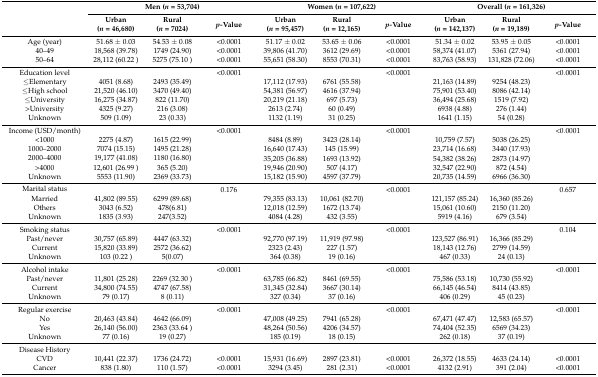
<table><thead><tr><td rowspan="2"></td><td colspan="3"><b>Men (<i>n</i> = 53,704)</b></td><td colspan="3"><b>Women (<i>n</i> = 107,622)</b></td><td colspan="3"><b>Overall (<i>n</i> = 161,326)</b></td></tr><tr><td><b>Urban (<i>n =</i> 46,680)</b></td><td><b>Rural (<i>n =</i> 7024)</b></td><td><b><i>p-</i>Value</b></td><td><b>Urban (<i>n =</i> 95,457)</b></td><td><b>Rural (<i>n =</i> 12,165)</b></td><td><b><i>p-</i>Value</b></td><td><b>Urban (<i>n =</i> 142,137)</b></td><td><b>Rural (<i>n =</i> 19,189)</b></td><td><b><i>p-</i>Value</b></td></tr></thead><tbody><tr><td>Age (year)</td><td>51.68 ± 0.03</td><td>54.53 ± 0.08</td><td>&lt;0.0001</td><td>51.17 ± 0.02</td><td>53.65 ± 0.06</td><td>&lt;0.0001</td><td>51.34 ± 0.02</td><td>53.95 ± 0.05</td><td>&lt;0.0001</td></tr><tr><td>40–49</td><td>18,568 (39.78)</td><td>1749 (24.90)</td><td>&lt;0.0001</td><td>39,806 (41.70)</td><td>3612 (29.69)</td><td>&lt;0.0001</td><td>58,374 (41.07)</td><td>5361 (27.94)</td><td>&lt;0.0001</td></tr><tr><td>50–64</td><td>28,112 (60.22 )</td><td>5275 (75.10 )</td><td>&lt;0.0001</td><td>55,651 (58.30)</td><td>8553 (70.31)</td><td>&lt;0.0001</td><td>83,763 (58.93)</td><td>131,828 (72.06)</td><td>&lt;0.0001</td></tr><tr><td>Education level</td><td></td><td></td><td>&lt;0.0001</td><td></td><td></td><td>&lt;0.0001</td><td></td><td></td><td>&lt;0.0001</td></tr><tr><td>≤Elementary</td><td>4051 (8.68)</td><td>2493 (35.49)</td><td></td><td>17,112 (17.93)</td><td>6761 (55.58)</td><td></td><td>21,163 (14.89)</td><td>9254 (48.23)</td><td></td></tr><tr><td>≤High school</td><td>21,520 (46.10)</td><td>3470 (49.40)</td><td></td><td>54,381 (56.97)</td><td>4616 (37.94)</td><td></td><td>75,901 (53.40)</td><td>8086 (42.14)</td><td></td></tr><tr><td>≤University</td><td>16,275 (34.87)</td><td>822 (11.70)</td><td></td><td>20,219 (21.18)</td><td>697 (5.73)</td><td></td><td>36,494 (25.68)</td><td>1519 (7.92)</td><td></td></tr><tr><td>&gt;University</td><td>4325 (9.27)</td><td>216 (3.08)</td><td></td><td>2613 (2.74)</td><td>60 (0.49)</td><td></td><td>6938 (4.88)</td><td>276 (1.44)</td><td></td></tr><tr><td>Unknown</td><td>509 (1.09)</td><td>23 (0.33)</td><td></td><td>1132 (1.19)</td><td>31 (0.25)</td><td></td><td>1641 (1.15)</td><td>54 (0.28)</td><td></td></tr><tr><td>Income (USD/month)</td><td></td><td></td><td>&lt;0.0001</td><td></td><td></td><td>&lt;0.0001</td><td></td><td></td><td>&lt;0.0001</td></tr><tr><td>&lt;1000</td><td>2275 (4.87)</td><td>1615 (22.99)</td><td></td><td>8484 (8.89)</td><td>3423 (28.14)</td><td></td><td>10,759 (7.57)</td><td>5038 (26.25)</td><td></td></tr><tr><td>1000–2000</td><td>7074 (15.15)</td><td>1495 (21.28)</td><td></td><td>16,640 (17.43)</td><td>145 (15.99)</td><td></td><td>23,714 (16.68)</td><td>3440 (17.93)</td><td></td></tr><tr><td>2000–4000</td><td>19,177 (41.08)</td><td>1180 (16.80)</td><td></td><td>35,205 (36.88)</td><td>1693 (13.92)</td><td></td><td>54,382 (38.26)</td><td>2873 (14.97)</td><td></td></tr><tr><td>&gt;4000</td><td>12,601 (26.99 )</td><td>365 (5.20)</td><td></td><td>19,946 (20.90)</td><td>507 (4.17)</td><td></td><td>32,547 (22.90)</td><td>872 (4.54)</td><td></td></tr><tr><td>Unknown</td><td>5553 (11.90)</td><td>2369 (33.73)</td><td></td><td>15,182 (15.90)</td><td>4597 (37.79)</td><td></td><td>20,735 (14.59)</td><td>6966 (36.30)</td><td></td></tr><tr><td>Marital status</td><td></td><td></td><td>0.176</td><td></td><td></td><td>&lt;0.0001</td><td></td><td></td><td>0.657</td></tr><tr><td>Married</td><td>41,802 (89.55)</td><td>6299 (89.68)</td><td></td><td>79,355 (83.13)</td><td>10,061 (82.70)</td><td></td><td>121,157 (85.24)</td><td>16,360 (85.26)</td><td></td></tr><tr><td>Others</td><td>3043 (6.52)</td><td>478(6.81)</td><td></td><td>12,018 (12.59)</td><td>1672 (13.74)</td><td></td><td>15,061 (10.60)</td><td>2150 (11.20)</td><td></td></tr><tr><td>Unknown</td><td>1835 (3.93)</td><td>247(3.52)</td><td></td><td>4084 (4.28)</td><td>432 (3.55)</td><td></td><td>5919 (4.16)</td><td>679 (3.54)</td><td></td></tr><tr><td>Smoking status</td><td></td><td></td><td>&lt;0.0001</td><td></td><td></td><td>&lt;0.0001</td><td></td><td></td><td>0.104</td></tr><tr><td>Past/never</td><td>30,757 (65.89)</td><td>4447 (63.32)</td><td></td><td>92,770 (97.19)</td><td>11,919 (97.98)</td><td></td><td>123,527 (86.91)</td><td>16,366 (85.29)</td><td></td></tr><tr><td>Current</td><td>15,820 (33.89)</td><td>2572 (36.62)</td><td></td><td>2323 (2.43)</td><td>227 (1.57)</td><td></td><td>18,143 (12.76)</td><td>2799 (14.59)</td><td></td></tr><tr><td>Unknown</td><td>103 (0.22 )</td><td>5(0.07)</td><td></td><td>364 (0.38)</td><td>19 (0.16)</td><td></td><td>467 (0.33)</td><td>24 (0.13)</td><td></td></tr><tr><td>Alcohol intake</td><td></td><td></td><td>&lt;0.0001</td><td></td><td></td><td>&lt;0.0001</td><td></td><td></td><td>&lt;0.0001</td></tr><tr><td>Past/never</td><td>11,801 (25.28)</td><td>2269 (32.30 )</td><td></td><td>63,785 (66.82)</td><td>8461 (69.55)</td><td></td><td>75,586 (53.18)</td><td>10,730 (55.92)</td><td></td></tr><tr><td>Current</td><td>34,800 (74.55)</td><td>4747 (67.58)</td><td></td><td>31,345 (32.84)</td><td>3667 (30.14)</td><td></td><td>66,145 (46.54)</td><td>8414 (43.85)</td><td></td></tr><tr><td>Unknown</td><td>79 (0.17)</td><td>8 (0.11)</td><td></td><td>327 (0.34)</td><td>37 (0.16)</td><td></td><td>406 (0.29)</td><td>45 (0.23)</td><td></td></tr><tr><td>Regular exercise</td><td></td><td></td><td>&lt;0.0001</td><td></td><td></td><td>&lt;0.0001</td><td></td><td></td><td>&lt;0.0001</td></tr><tr><td>No</td><td>20,463 (43.84)</td><td>4642 (66.09)</td><td></td><td>47,008 (49.25)</td><td>7941 (65.28)</td><td></td><td>67,471 (47.47)</td><td>12,583 (65.57)</td><td></td></tr><tr><td>Yes</td><td>26,140 (56.00)</td><td>2363 (33.64 )</td><td></td><td>48,264 (50.56)</td><td>4206 (34.57)</td><td></td><td>74,404 (52.35)</td><td>6569 (34.23)</td><td></td></tr><tr><td>Unknown</td><td>77 (0.16)</td><td>19 (0.27)</td><td></td><td>185 (0.19)</td><td>18 (0.15)</td><td></td><td>262 (0.18)</td><td>37 (0.19)</td><td></td></tr><tr><td>Disease History</td><td></td><td></td><td></td><td></td><td></td><td></td><td></td><td></td><td></td></tr><tr><td>CVD </td><td>10,441 (22.37)</td><td>1736 (24.72)</td><td>&lt;0.0001</td><td>15,931 (16.69)</td><td>2897 (23.81)</td><td>&lt;0.0001</td><td>26,372 (18.55)</td><td>4633 (24.14)</td><td>&lt;0.0001</td></tr><tr><td>Cancer</td><td>838 (1.80)</td><td>110 (1.57)</td><td>&lt;0.0001</td><td>3294 (3.45)</td><td>281 (2.31)</td><td>&lt;0.0001</td><td>4132 (2.91)</td><td>391 (2.04)</td><td>&lt;0.0001</td></tr></tbody></table>